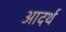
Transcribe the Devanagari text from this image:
आदर्थ